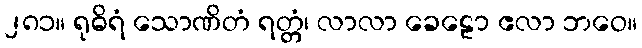
၂၈၁။ ရုဓိရံ သောဏိတံ ရတ္တံ၊ လာလာ ခေဠော ဧလာ ဘဝေ။